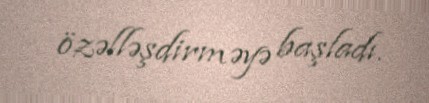
özəlləşdirməyə başladı.